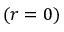
( r = 0 )